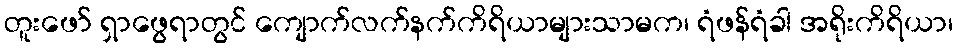
တူးဖော် ရှာဖွေရာတွင် ကျောက်လက်နက်ကိရိယာများသာမက၊ ရံဖန်ရံခါ အရိုးကိရိယာ၊